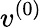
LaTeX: v^{(0)}